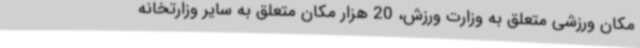
مکان ورزشی متعلق به وزارت ورزش، 20 هزار مکان متعلق به سایر وزارتخانه